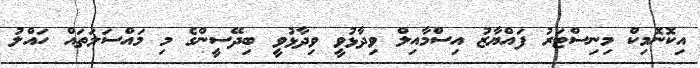
އިކޮނޮމިކް މިނިސްޓަރު ފައްޔާޒު އިސްމާއިލް ވިދާޅުވީ ވިދާޅުވީ ބިދޭސީންގެ މި މައްސަލަތައް ހައްލު